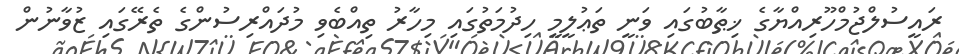
ރައީސުލްޖުމްހޫރިއްޔާގެ ޚިޠާބުގައި ވަނީ ތަޢުލީމީ ހިދުމަތުގައި މިހާރު ތިއްބެވި މުދައްރިސުންގެ ތެރޭގައި ޒުވާނުން